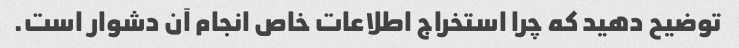
توضیح دهید که چرا استخراج اطلاعات خاص انجام آن دشوار است.